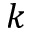
k